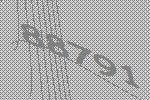
88791